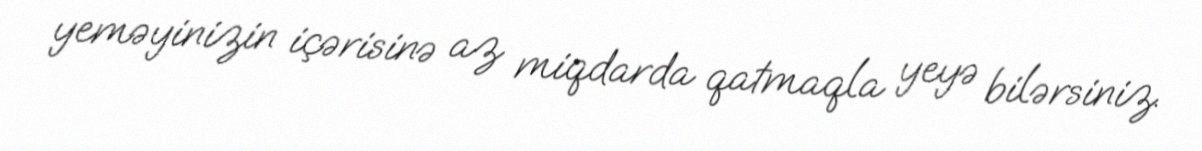
yeməyinizin içərisinə az miqdarda qatmaqla yeyə bilərsiniz.